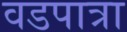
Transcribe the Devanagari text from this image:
वडपात्रा